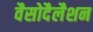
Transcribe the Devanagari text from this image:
वैसोदैलैशन